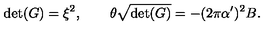
\det ( G ) = \xi ^ { 2 } , \qquad \theta \sqrt { \det ( G ) } = - ( 2 \pi \alpha ^ { \prime } ) ^ { 2 } B .